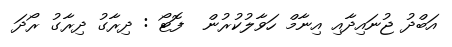
އަބްދު ޖުނައިދާއި އިނާމް ހަވާލުކުރުން  ފޮޓޯ : ދިރާގު ދިރާގު ރޯދަ